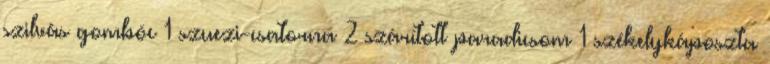
szilvás gombóc 1 szuezi-csatorna 2 szárított paradicsom 1 székelykáposzta